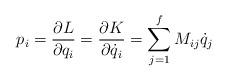
LaTeX: \begin{align*}p_{i}=\frac{\partial L}{\partial q_{i}}=\frac{\partial K}{\partial \dot{q}_{i}}=\sum_{j=1}^{f}M_{ij}\dot{q}_{j}\end{align*}